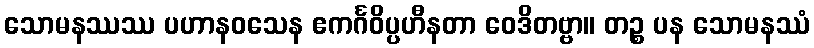
သောမနဿဿ ပဟာနဝသေန ဧကင်္ဂဝိပ္ပဟီနတာ ဝေဒိတဗ္ဗာ။ တဉ္စ ပန သောမနဿံ